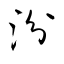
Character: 汾